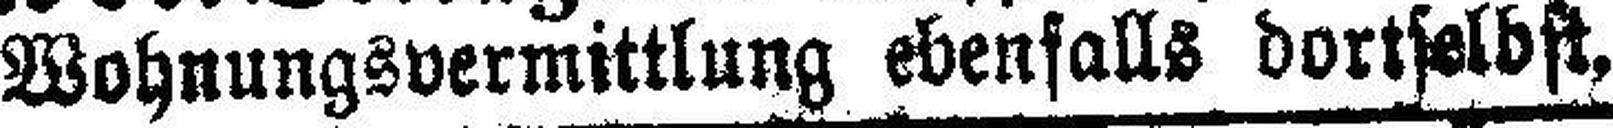
Wohnungsvermittlung ebenfalls dortselbst,